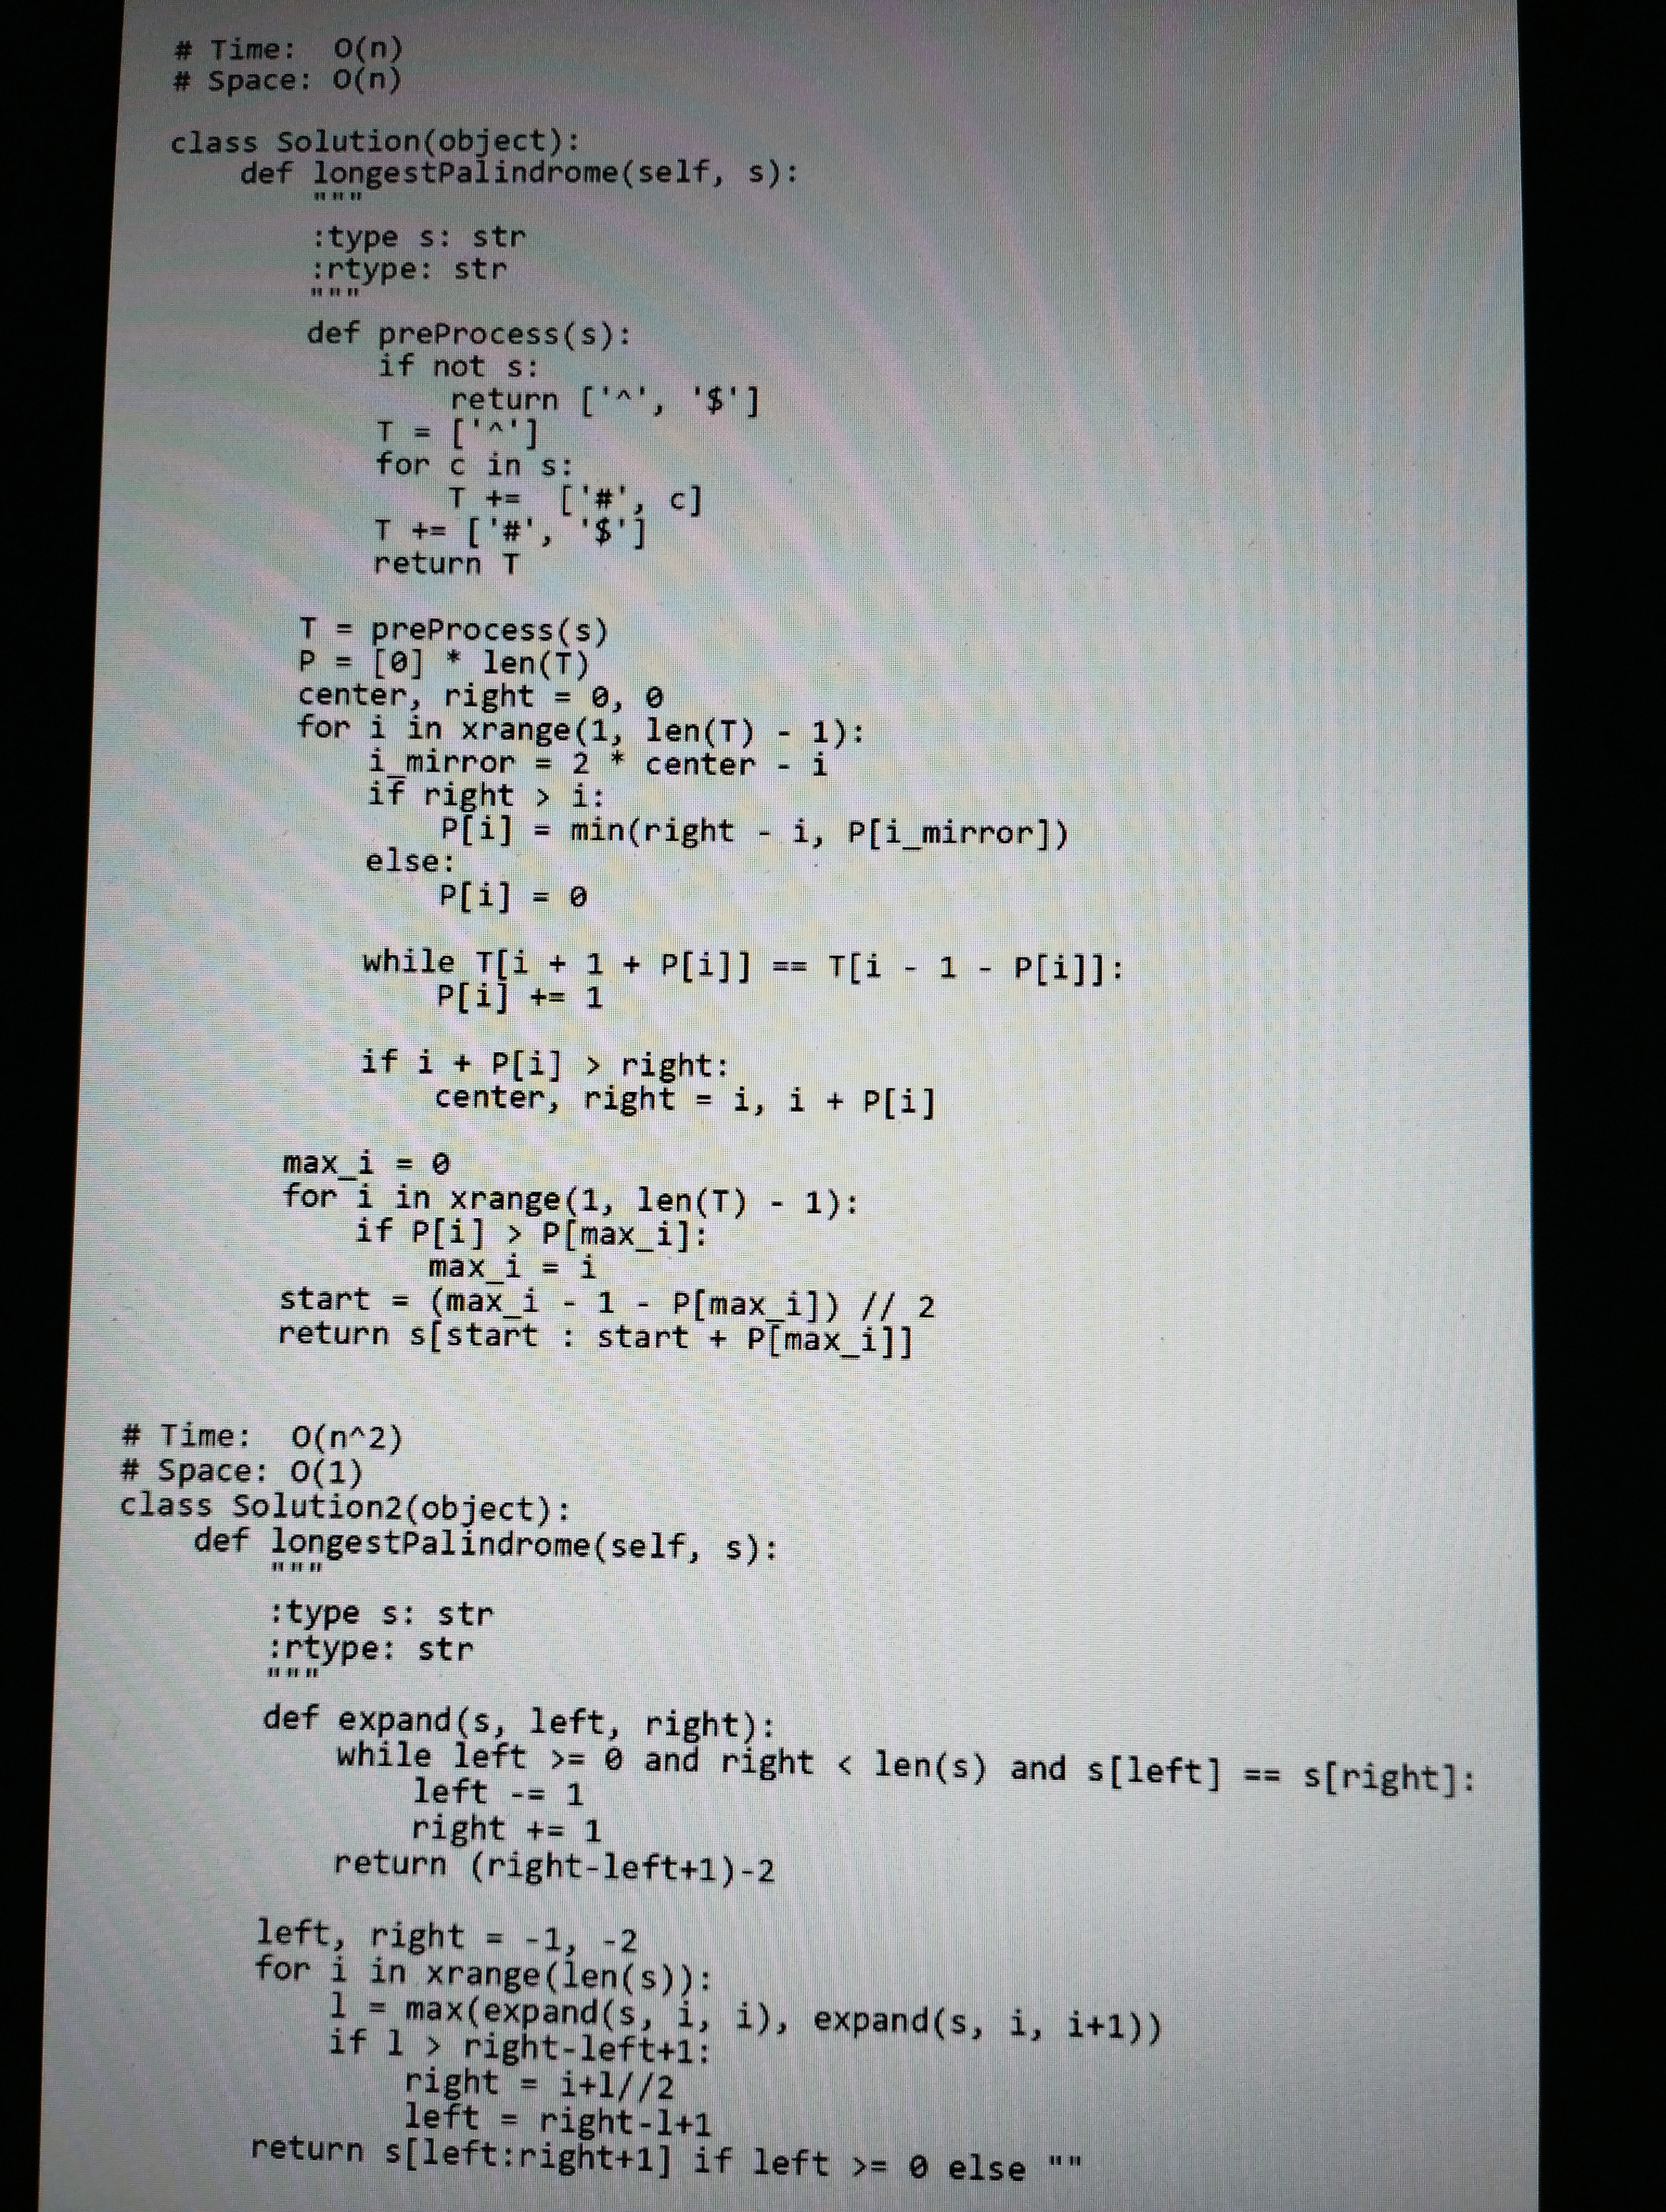
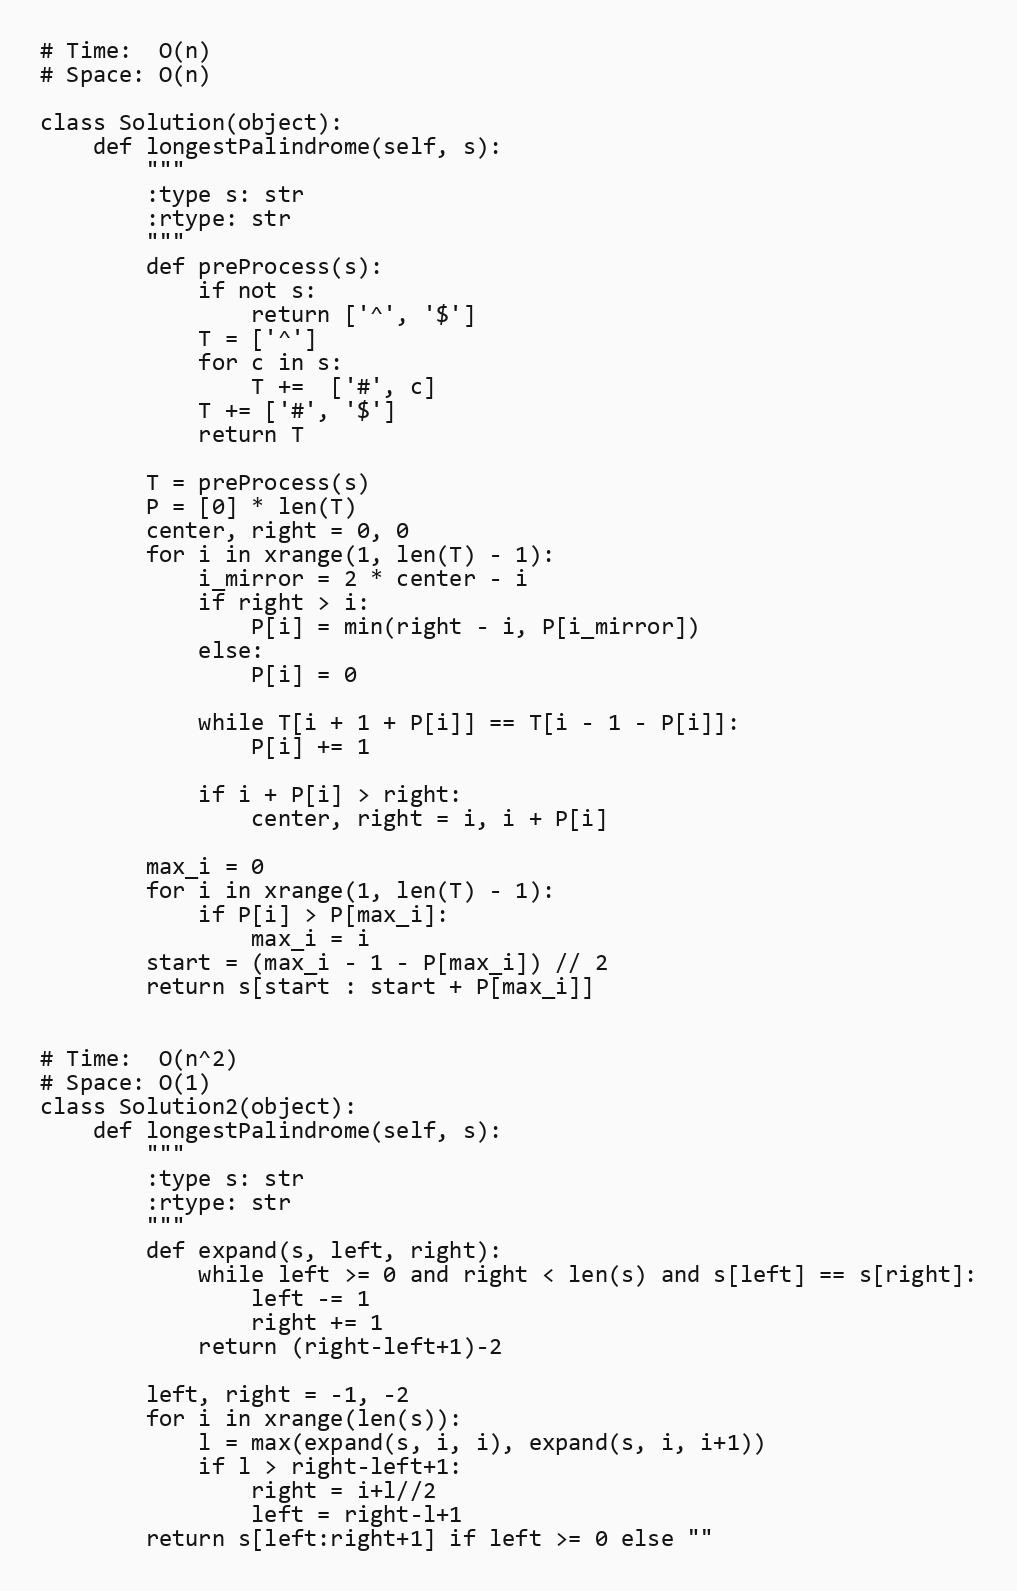
# Time:  O(n)
# Space: O(n)

class Solution(object):
    def longestPalindrome(self, s):
        """
        :type s: str
        :rtype: str
        """
        def preProcess(s):
            if not s:
                return ['^', '$']
            T = ['^']
            for c in s:
                T +=  ['#', c]
            T += ['#', '$']
            return T

        T = preProcess(s)
        P = [0] * len(T)
        center, right = 0, 0
        for i in xrange(1, len(T) - 1):
            i_mirror = 2 * center - i
            if right > i:
                P[i] = min(right - i, P[i_mirror])
            else:
                P[i] = 0

            while T[i + 1 + P[i]] == T[i - 1 - P[i]]:
                P[i] += 1

            if i + P[i] > right:
                center, right = i, i + P[i]

        max_i = 0
        for i in xrange(1, len(T) - 1):
            if P[i] > P[max_i]:
                max_i = i
        start = (max_i - 1 - P[max_i]) // 2
        return s[start : start + P[max_i]]

# Time:  O(n^2)
# Space: O(1)
class Solution2(object):
    def longestPalindrome(self, s):
        """
        :type s: str
        :rtype: str
        """
        def expand(s, left, right):
            while left >= 0 and right < len(s) and s[left] == s[right]:
                left -= 1
                right += 1
            return (right-left+1)-2

        left, right = -1, -2
        for i in xrange(len(s)):
            l = max(expand(s, i, i), expand(s, i, i+1))
            if l > right-left+1:
                right = i+l//2
                left = right-l+1
        return s[left:right+1] if left >= 0 else ""